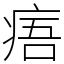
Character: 痦